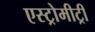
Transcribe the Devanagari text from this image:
एस्ट्रोमीट्री